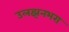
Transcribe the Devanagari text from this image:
उलझनभरा